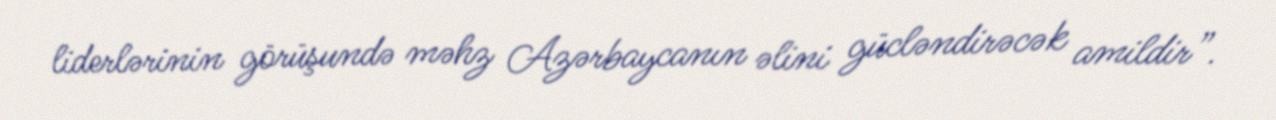
liderlərinin görüşundə məhz Azərbaycanın əlini gücləndirəcək amildir”.